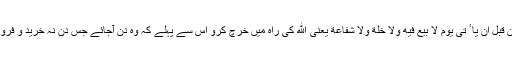
یا پھر ان لوگوں کے بارے میں ہے جو شفاعت کی قابلیت ن ه یں رک ه تے جیسے من قبل ان یا ٴ تی یوم لا بیع فیه ولا خلة ولا شفاعة یعنی الله کی راہ میں خرچ کرو اس سے پہلے کہ وہ دن آجائے جس دن نہ خرید و فروش ہوگی (تاکہ کوئی اپنے لئے سعادت ونجات خرید سکے) نہ دوستی اور نہ شفاعت۔